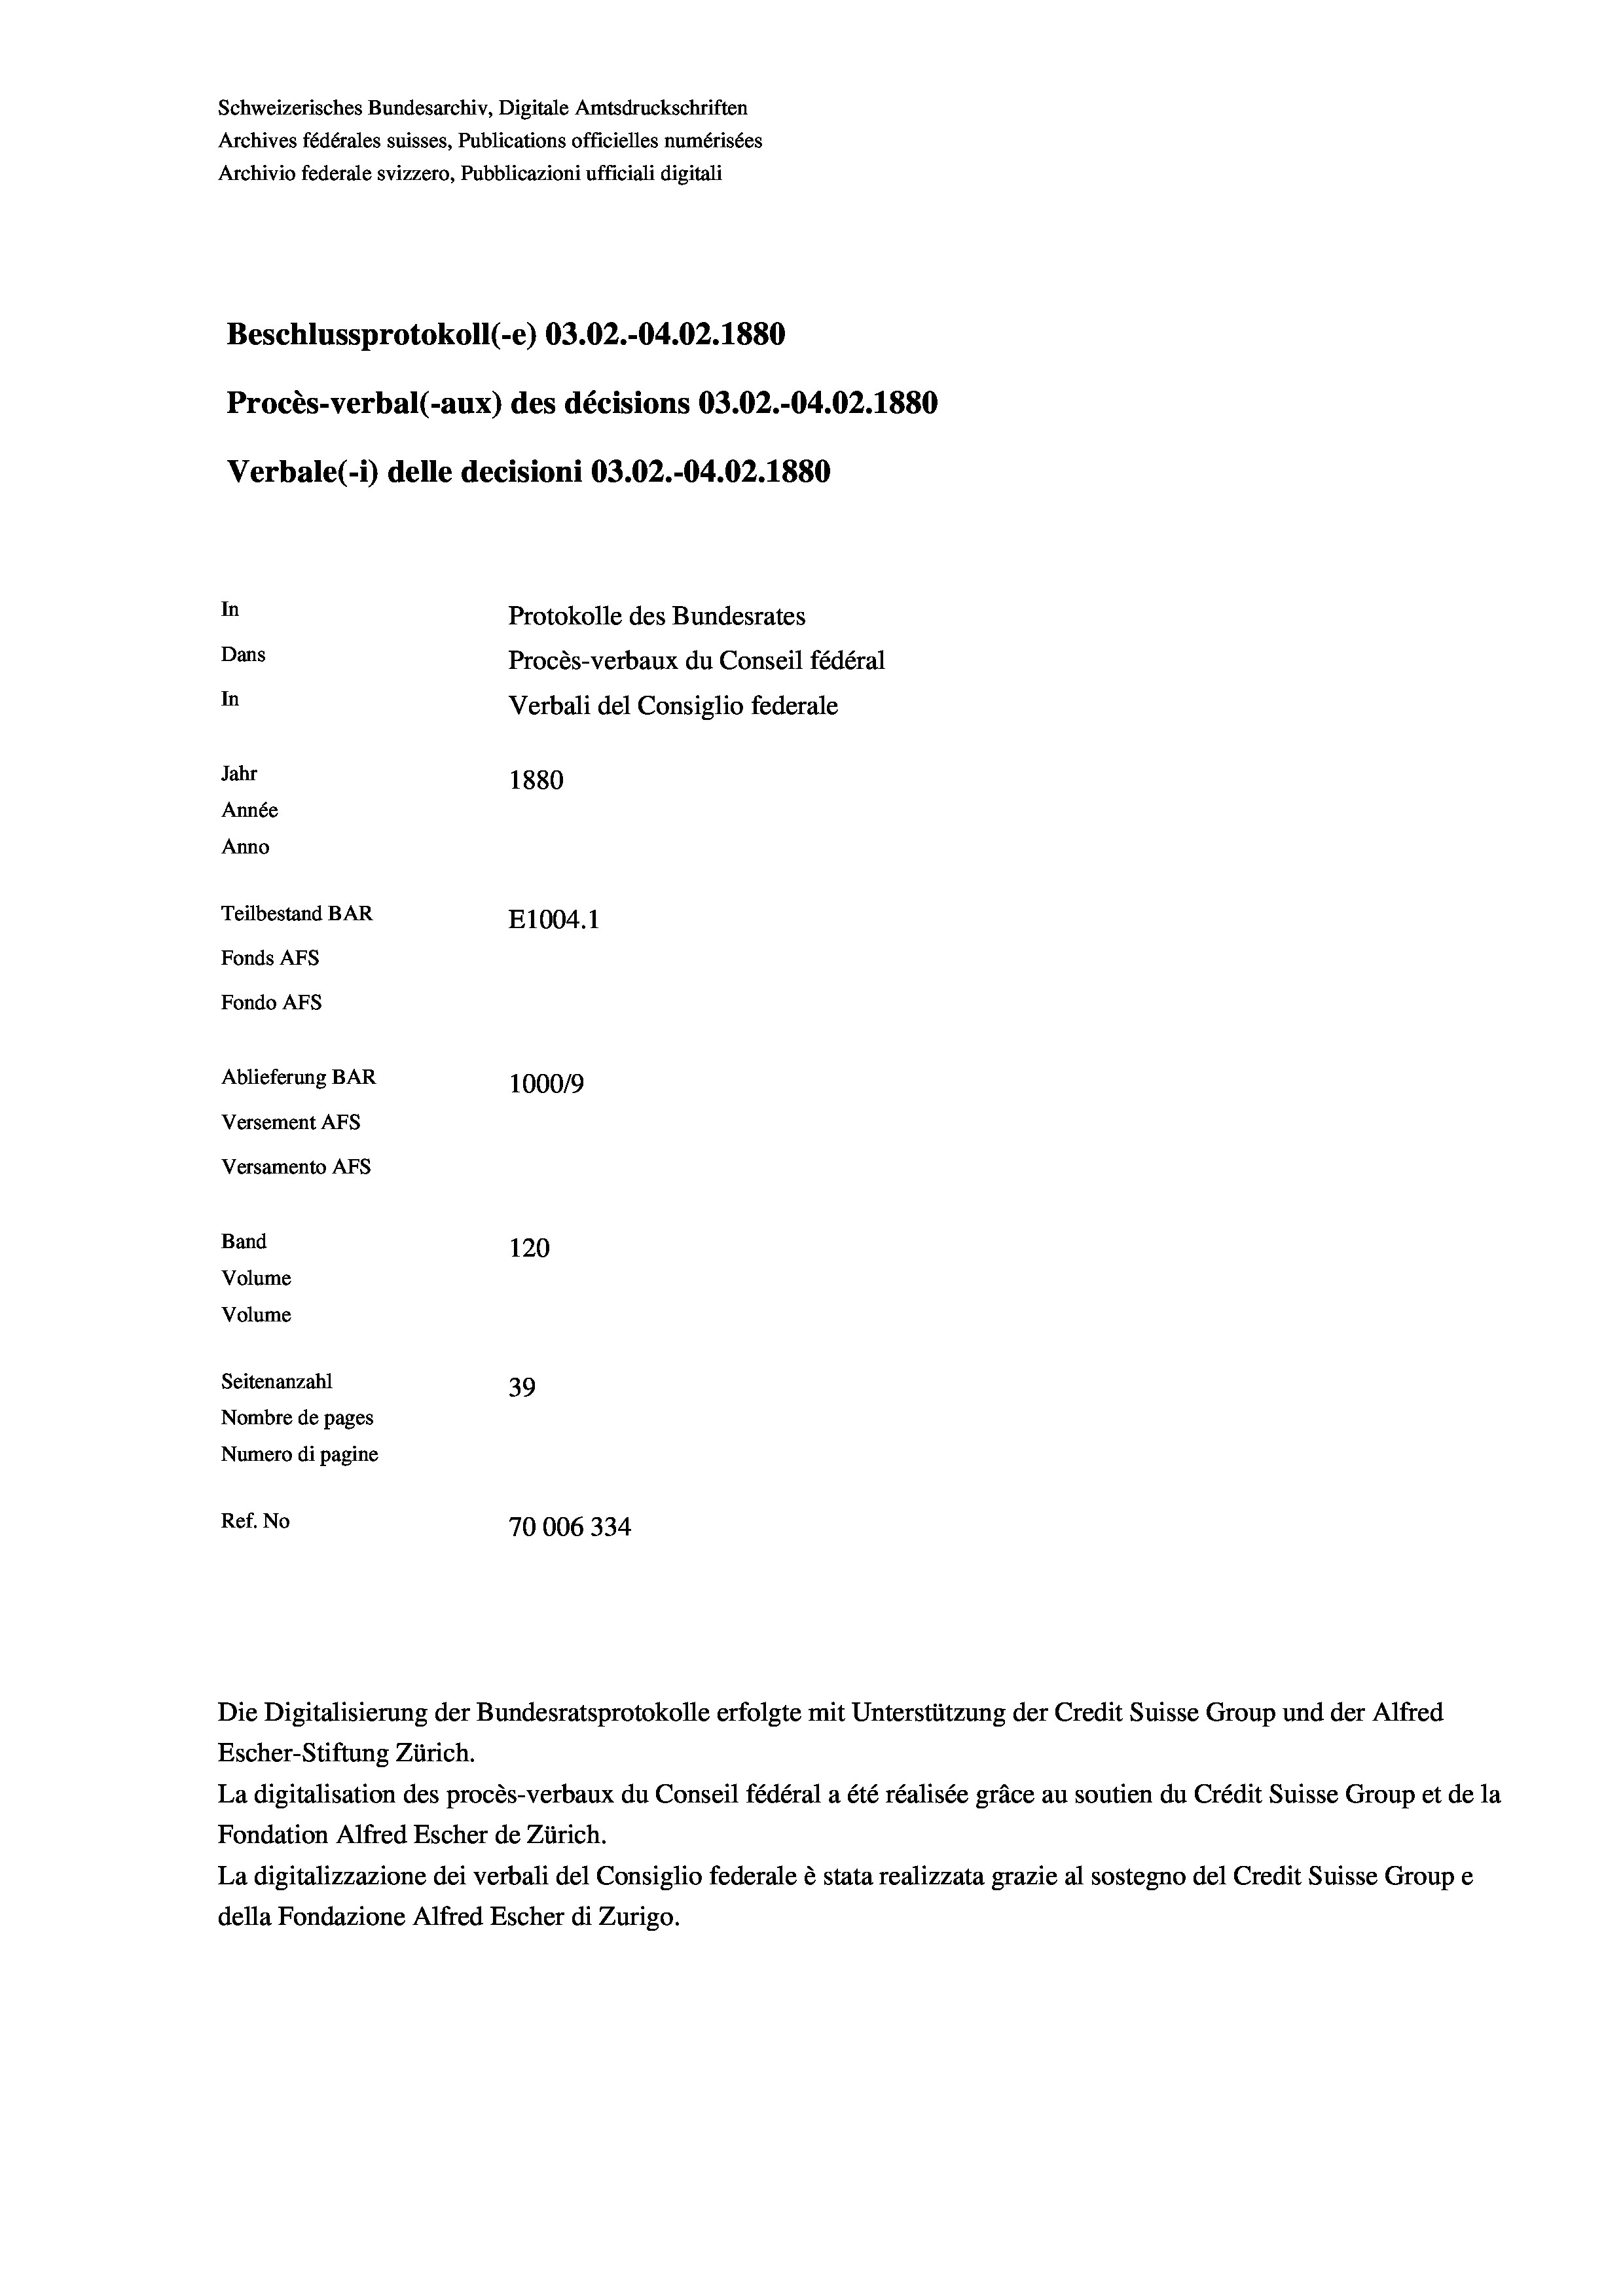
Schweizerisches Bundesarchiv, Digitale Amtsdruckschriften
Archives fédérales suisses, Publications officielles numérisées
Archivio federale svizzero, Pubblicazioni ufficiali digitali
Beschlussprotokoll (-e) 03.02.-04.02.1880
Procès-verbal (-aux) des décisions 03.02.-04.02.1880
Verbale(-*) delle decisioni 03.02.-04.02.1880
In
Protokolle des Bundesrates
Dans
Procès-verbaux du Conseil fédéral
In
Verbali del Consiglio federale
Jahr
1880
Année
Anno
Teilbestand BAR
E1004.1
Fonds AFs
Fondo Afs
Ablieferung BAR
100019
Versement AFs
Versamento Afs
Band
120

Volume
Volume
Seitenanzahl
39
Nombre de pages
Numero di pagine
Ref. No
70006334

Escher-Stiftung Zürich.
La digitalisation des procès-verbaux du Conseil fédéral a été réalisée gräce au soutien du Crédit Suisse Group et de la
Fondation Alfred Escher de Zürich.
La digitalizzazione dei verbali del Consiglio federale è stata realizzata grazie al sostegno del Credit Suisse Groupe
della Fondazione Alfred Escher di Zurigo.

Die Digitalisierung der Bundesratsprotokolle erfolgte mit Unterstützung der Credit Suisse Group und der Alfred